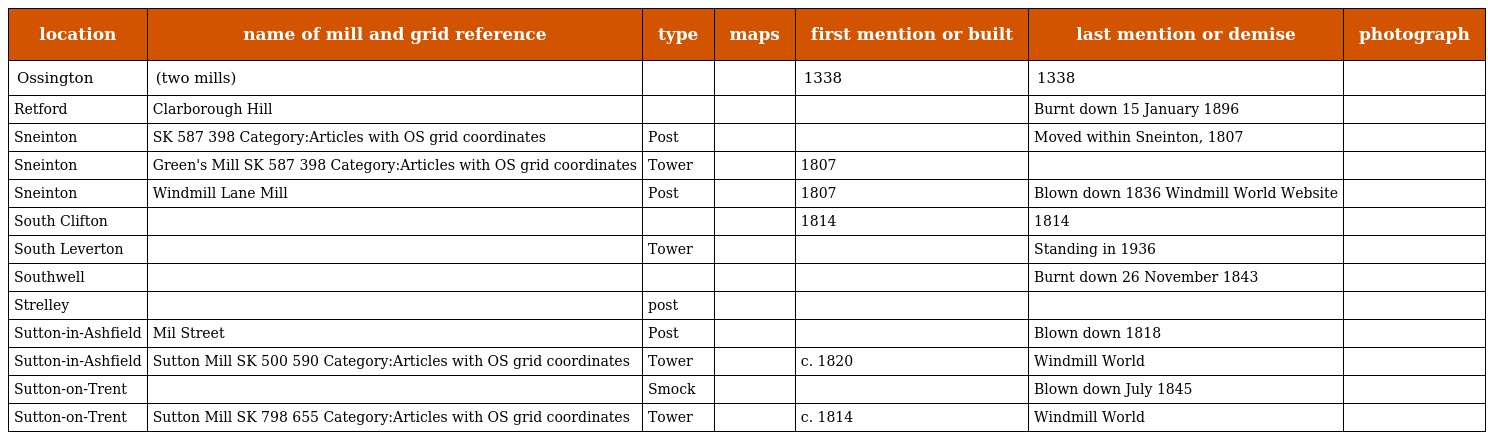
| location | name of mill and grid reference | type | maps | first mention or built | last mention or demise | photograph |
 | --- | --- | --- | --- | --- | --- | --- |
 | Ossington | (two mills) |  |  | 1338 | 1338 |  |
 | Retford | Clarborough Hill |  |  |  | Burnt down 15 January 1896 |  |
 | Sneinton | SK 587 398 Category:Articles with OS grid coordinates | Post |  |  | Moved within Sneinton, 1807 |  |
 | Sneinton | Green's Mill SK 587 398 Category:Articles with OS grid coordinates | Tower |  | 1807 |  |  |
 | Sneinton | Windmill Lane Mill | Post |  | 1807 | Blown down 1836 Windmill World Website |  |
 | South Clifton |  |  |  | 1814 | 1814 |  |
 | South Leverton |  | Tower |  |  | Standing in 1936 |  |
 | Southwell |  |  |  |  | Burnt down 26 November 1843 |  |
 | Strelley |  | post |  |  |  |  |
 | Sutton-in-Ashfield | Mil Street | Post |  |  | Blown down 1818 |  |
 | Sutton-in-Ashfield | Sutton Mill SK 500 590 Category:Articles with OS grid coordinates | Tower |  | c. 1820 | Windmill World |  |
 | Sutton-on-Trent |  | Smock |  |  | Blown down July 1845 |  |
 | Sutton-on-Trent | Sutton Mill SK 798 655 Category:Articles with OS grid coordinates | Tower |  | c. 1814 | Windmill World |  |